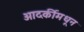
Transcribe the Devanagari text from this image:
आदर्कीमधून